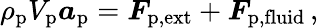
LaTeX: \rho_{\textup{p}}V_{\textup{p}}\boldsymbol{a}_{\textup{p}}=\boldsymbol{F}_{\textup{p,ext}}+\boldsymbol{F}_{\textup{p,fluid}}\, ,